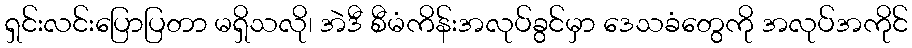
ရှင်းလင်းပြောပြတာ မရှိသလို၊ အဲဒီ စီမံကိန်းအလုပ်ခွင်မှာ ဒေသခံတွေကို အလုပ်အကိုင်